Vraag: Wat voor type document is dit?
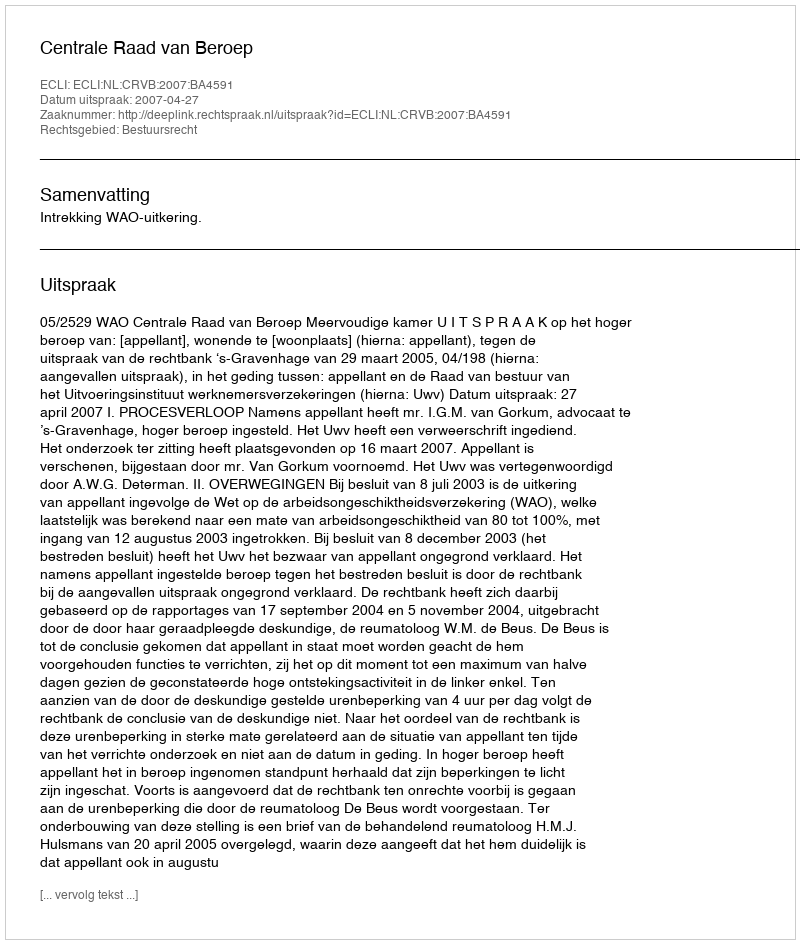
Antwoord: Uitspraak